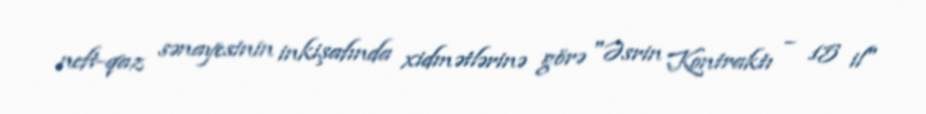
neft-qaz sənayesinin inkişafında xidmətlərinə görə "Əsrin Kontraktı – 15 il"